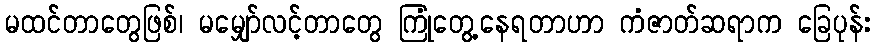
မထင်တာတွေဖြစ်၊ မမျှော်လင့်တာတွေ ကြုံတွေ့နေရတာဟာ ကံဇာတ်ဆရာက ခြေပုန်း